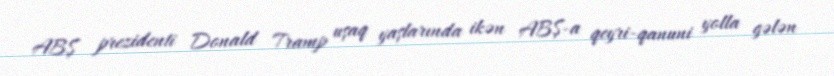
ABŞ prezidenti Donald Tramp uşaq yaşlarında ikən ABŞ-a qeyri-qanuni yolla gələn